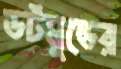
ডর্টমুন্ডের